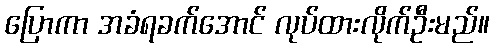
ပြောကာ အခံရခက်အောင် လုပ်ထားလိုက်ဦးမည်။